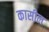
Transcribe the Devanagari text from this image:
कासील